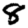
Digit: 8